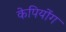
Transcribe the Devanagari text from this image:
केपियोंग